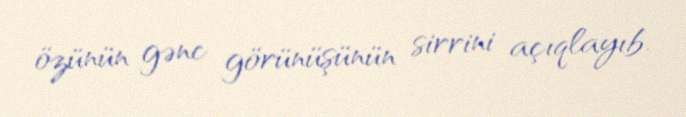
özünün gənc görünüşünün sirrini açıqlayıb.